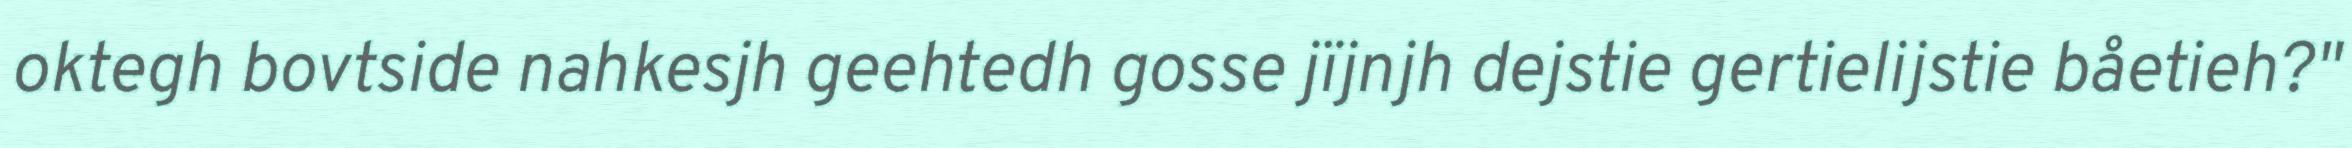
oktegh bovtside nahkesjh geehtedh gosse jïjnjh dejstie gertielijstie båetieh?"